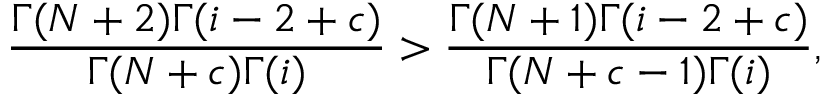
\frac { \Gamma ( N + 2 ) \Gamma ( i - 2 + c ) } { \Gamma ( N + c ) \Gamma ( i ) } > \frac { \Gamma ( N + 1 ) \Gamma ( i - 2 + c ) } { \Gamma ( N + c - 1 ) \Gamma ( i ) } ,